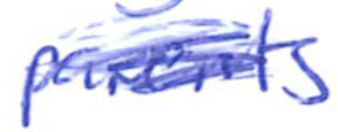
Text: parents
Cross-out: scratch
Writing tool: ballpoint